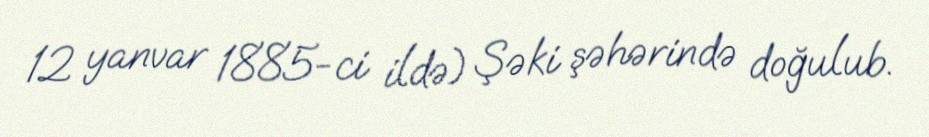
12 yanvar 1885-ci ildə) Şəki şəhərində doğulub.